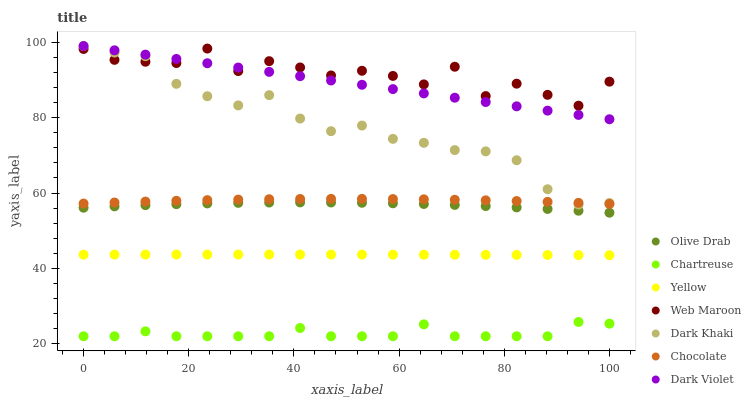
| xaxis_label | Olive Drab | Chartreuse | Yellow | Web Maroon | Dark Khaki | Chocolate | Dark Violet |
 | --- | --- | --- | --- | --- | --- | --- | --- |
 | 0 | 56.1 | 22 | 43.6 | 98.2 | 99 | 57.2 | 99 |
 | 5.88 | 56.5 | 22 | 43.7 | 95.3 | 97.3 | 57.5 | 97.9 |
 | 11.8 | 56.8 | 23.3 | 43.7 | 94.8 | 96.3 | 57.7 | 96.7 |
 | 17.6 | 57 | 22 | 43.7 | 94.5 | 89 | 57.9 | 95.6 |
 | 23.5 | 57.2 | 22 | 43.7 | 98.3 | 85.7 | 58.1 | 94.4 |
 | 29.4 | 57.4 | 22 | 43.7 | 92.4 | 83.2 | 58.3 | 93.3 |
 | 35.3 | 57.5 | 22 | 43.7 | 95 | 86 | 58.4 | 92.1 |
 | 41.2 | 57.5 | 24.2 | 43.7 | 93.3 | 79.8 | 58.4 | 91 |
 | 47.1 | 57.5 | 22 | 43.7 | 91.2 | 76.4 | 58.5 | 89.9 |
 | 52.9 | 57.4 | 22 | 43.7 | 92.4 | 77.9 | 58.4 | 88.7 |
 | 58.8 | 57.3 | 22 | 43.7 | 91.1 | 74.4 | 58.4 | 87.6 |
 | 64.7 | 57.1 | 25.2 | 43.6 | 88.8 | 73.3 | 58.3 | 86.4 |
 | 70.6 | 56.8 | 22 | 43.6 | 93.5 | 71.4 | 58.2 | 85.3 |
 | 76.5 | 56.5 | 22 | 43.6 | 85.7 | 71.1 | 58.1 | 84.1 |
 | 82.4 | 56.2 | 22 | 43.6 | 89 | 68.7 | 57.9 | 83 |
 | 88.2 | 55.8 | 22 | 43.6 | 86 | 61 | 57.7 | 81.9 |
 | 94.1 | 55.3 | 25.8 | 43.5 | 83.2 | 56.9 | 57.4 | 80.7 |
 | 100 | 54.8 | 25.3 | 43.5 | 89.5 | 57.4 | 57.1 | 79.6 |